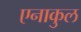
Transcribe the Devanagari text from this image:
एनाकुल